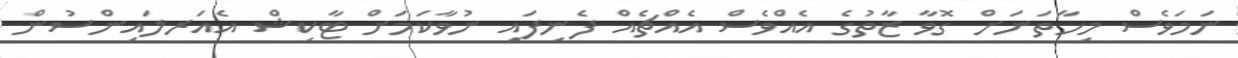
ނަމަވެސް މިހާތަނަށް ގޮވާ ޒާތުގެ އެއްވެސް އެއްޗެއް ފެނިފައި ނުވާކަމަށް ޓާކިޝް އެއަރލައިންސުން